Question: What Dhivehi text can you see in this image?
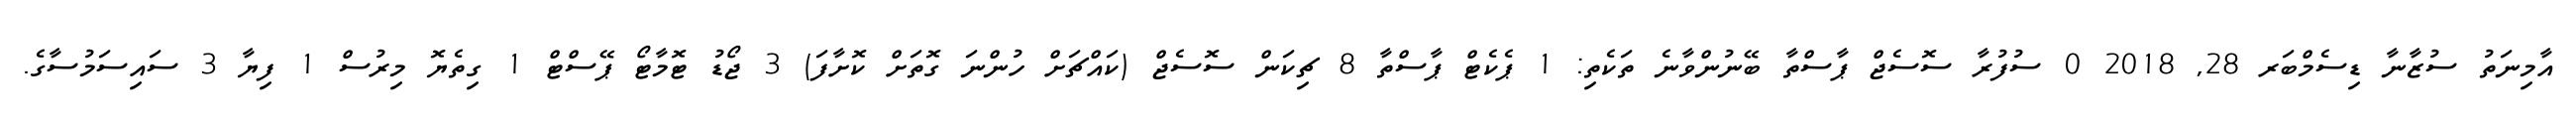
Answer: އާމިނަތު ސުޒާނާ ޑިސެމްބަރ 28, 2018 0 ސުފުރާ ސޮސެޖް ޕާސްތާ ބޭނުންވާނެ ތަކެތި: 1 ޕެކެޓް ޕާސްތާ 8 ޗިކަން ސޮސެޖް (ކައްޗަށް ހުންނަ ގޮތަށް ކޮށާފަ) 3 ޖޯޑު ޓޮމާޓޯ ޕޭސްޓް 1 ގިތެޔޮ މިރުސް 1 ފިޔާ 3 ސައިސަމުސާގެ.